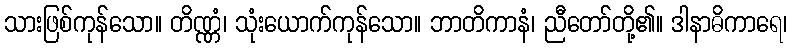
သားဖြစ်ကုန်သော။ တိဏ္ဏံ၊ သုံးယောက်ကုန်သော။ ဘာတိကာနံ၊ ညီတော်တို့၏။ ဒါနာဓိကာရေ၊